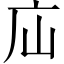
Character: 𢇢